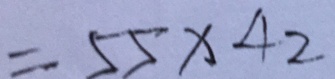
= 5 5 \times 4 2